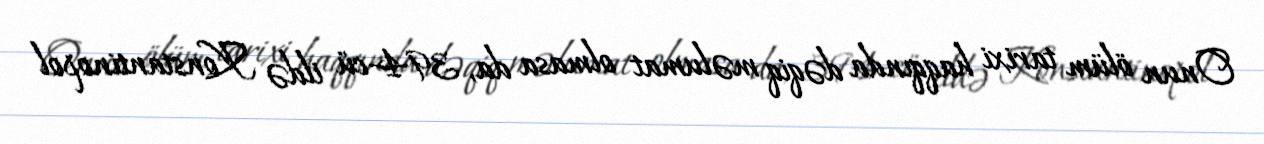
Onun ölüm tarixi haqqında dəqiq məlumat olmasa da, 394-cü ildə Konstantinopol